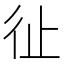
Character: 𢓊